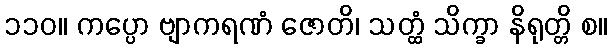
၁၁၀။ ကပ္ပော ဗျာကရဏံ ဇောတိ၊ သတ္ထံ သိက္ခာ နိရုတ္တိ စ။